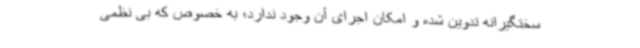
سختگیرانه تدوین شده و امکان اجرای آن وجود ندارد؛ به خصوص که بی نظمی